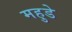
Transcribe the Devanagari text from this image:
महुडे